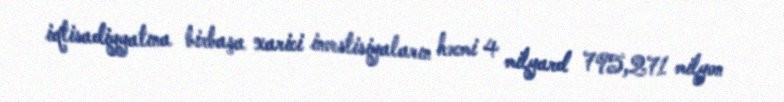
iqtisadiyyatına birbaşa xarici investisiyaların həcmi 4 milyard 795,271 milyon